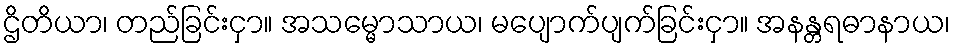
ဌိတိယာ၊ တည်ခြင်းငှာ။ အသမ္မောသာယ၊ မပျောက်ပျက်ခြင်းငှာ။ အနန္တရဓာနာယ၊